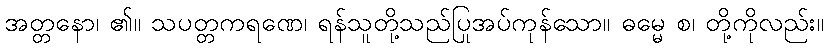
အတ္တနော၊ ၏။ သပတ္တကရဏေ၊ ရန်သူတို့သည်ပြုအပ်ကုန်သော။ ဓမ္မေ စ၊ တို့ကိုလည်း။